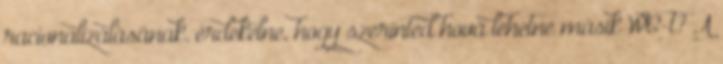
racionalizálásának. érdekelne, hogy szerinted hová lehetne másik WC-t? A